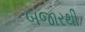
બજારથી